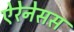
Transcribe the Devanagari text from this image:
ऐरेनेसस